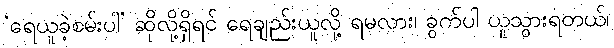
‘ရေယူခဲ့စမ်းပါ’ ဆိုလို့ရှိရင် ရေချည်းယူလို့ ရမလား၊ ခွက်ပါ ယူသွားရတယ်၊